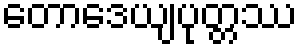
တောဒေယျပုတ္တဿ